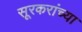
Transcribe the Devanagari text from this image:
सूरकरांच्या